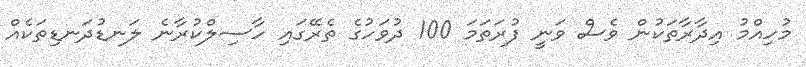
މުހިއްމު އިދާރާތަކުން ވެސް ވަނީ ފުރަތަމަ 100 ދުވަހުގެ ތެރޭގައި ހާސިލްކުރާނެ ލަނޑުދަނޑިތަކެއް